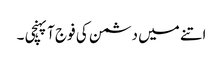
اتنے میں دشمن کی فوج آپہنچی ۔